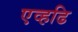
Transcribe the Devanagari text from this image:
एव्हढि